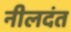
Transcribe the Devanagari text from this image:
नीलदंत